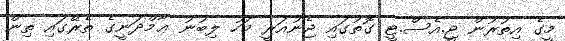
މީގެ އިތުރުން ޖީ.އެސް.ޓީ ގޮތުގައި ޖެނުއަރީ މަހު ލިބުނު ޢާމްދަނީގެ ތެރޭގައި ތިން